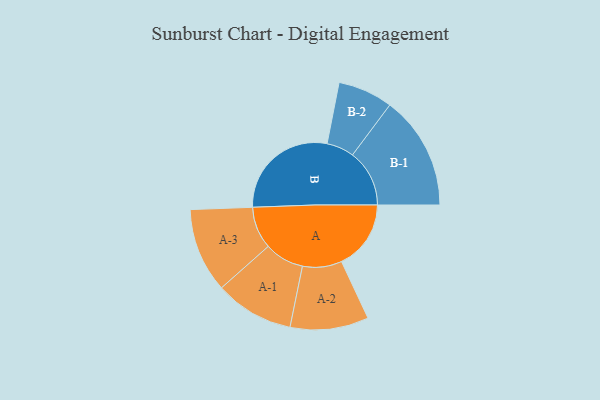
{"axis": {"x": "Segment", "y": "Value"}, "legend": ["", "A", "B"], "data": [{"x": "A", "y": 306, "type": ""}, {"x": "B", "y": 487, "type": ""}, {"x": "A-1", "y": 174, "type": "A"}, {"x": "A-2", "y": 173, "type": "A"}, {"x": "A-3", "y": 186, "type": "A"}, {"x": "B-1", "y": 251, "type": "B"}, {"x": "B-2", "y": 121, "type": "B"}]}